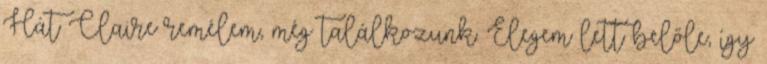
Hát Claire remélem, még találkozunk. Elegem lett belőle, így